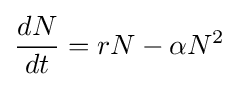
{\frac {dN}{dt}}=rN-\alpha N^{2}